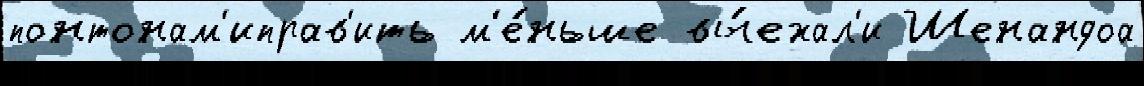
понтонам'иправ'ить м'е́ньше вы́ехал'и Шенандоа